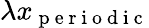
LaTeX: \lambda x_{\mathrm{~p~e~r~i~o~d~i~c~}}